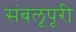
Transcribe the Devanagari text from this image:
संबलूपूरी